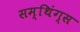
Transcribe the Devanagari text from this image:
सम्थिंग्स